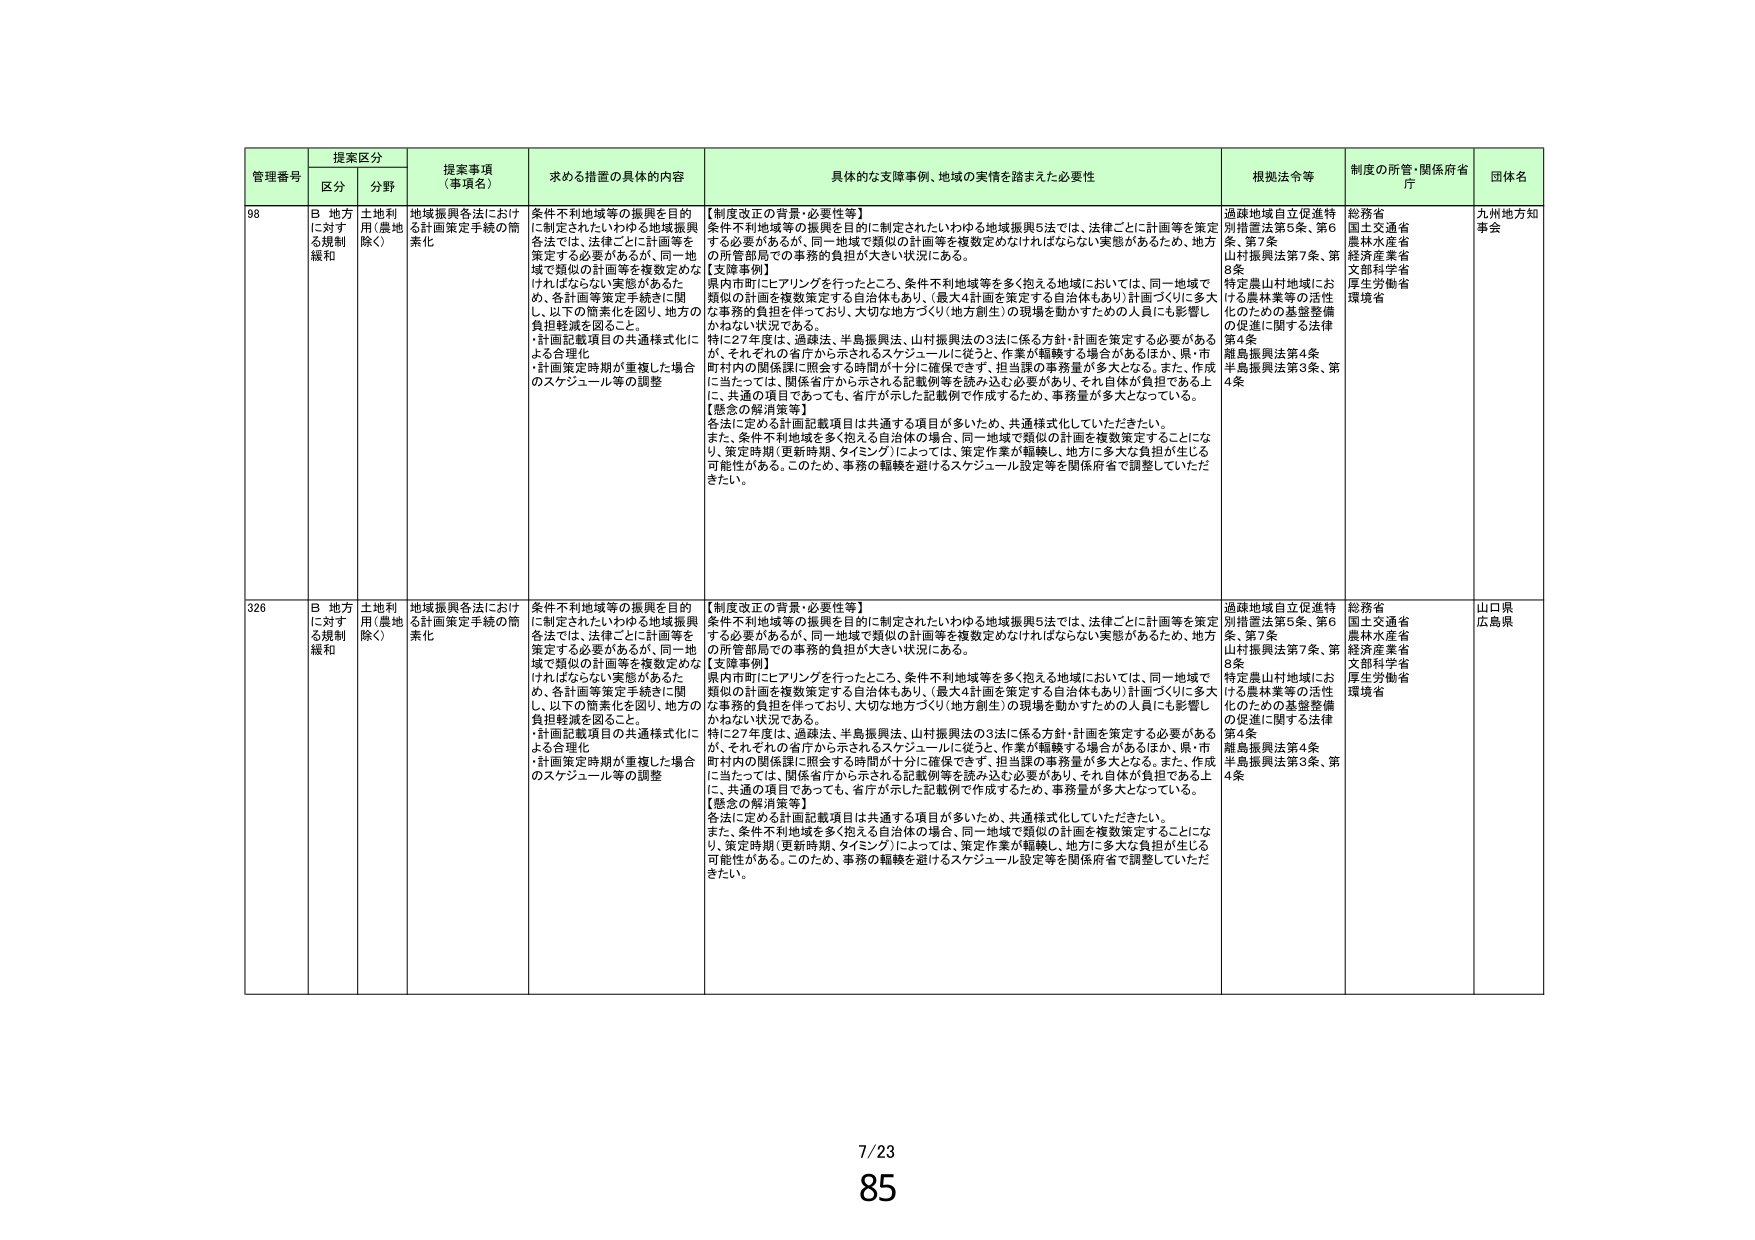
管理番号 提案区分 提案事項（事項名） 求める措置の具体的内容 具体的な支障事例、地域の実情を踏まえた必要性 根拠法令等 制度の所管・関係府省庁 団体名
区分 分野
98 B 地方に対する規制緩和 土地利用（農地除く） 地域振興各法における計画策定手続の簡素化 条件不利地域等の振興を目的に制定されたいわゆる地域振興各法では、法律ごとに計画等を策定する必要があるが、同一地域で類似の計画等を複数定めなければならない実態があるため、各計画等策定手続きに関し、以下の簡素化を図り、地方の負担軽減を図ること。
・計画記載項目の共通様式化による合理化
・計画策定時期が重複した場合のスケジュール等の調整
【制度改正の背景・必要性等】
条件不利地域等の振興を目的に制定されたいわゆる地域振興5法では、法律ごとに計画等を策定する必要があるが、同一地域で類似の計画等を複数定めなければならない実態があるため、地方の所管部局での事務的負担が大きい状況にある。
【支障事例】
県内市町にヒアリングを行ったところ、条件不利地域等を多く抱える地域においては、同一地域で類似の計画を複数策定する自治体もあり、（最大4計画を策定する自治体もあり）計画づくりに多大な事務的負担を伴っており、大切な地方づくり（地方創生）の現場を動かすための人員にも影響しかねない状況である。
特に27年度は、過疎法、半島振興法、山村振興法の3法に係る方針・計画を策定する必要があるが、それぞれの省庁から示されるスケジュールに従うと、作業が齟齬する場合があるほか、県・市町村内の関係課に照会する時間が十分に確保できず、担当課の事務量が多大となる。また、作成に当たっては、関係省庁から示される記載例等を読み込む必要があり、それ自体が負担である上に、共通の項目であっても、省庁が示した記載例で作成するため、事務量が多大となっている。
【懸念の解消策等】
各法に定める計画記載項目は共通する項目が多いため、共通様式化していただきたい。
また、条件不利地域を多く抱える自治体の場合、同一地域で類似の計画を複数策定することになり、策定時期（更新時期、タイミング）によっては、策定作業が齟齬し、地方に多大な負担が生じる可能性がある。このため、事務の齟齬を避けるスケジュール設定等を関係府省で調整していただきたい。
過疎地域自立促進特別措置法第5条、第6条、第7条
山村振興法第7条、第8条
特定農山村地域における農林業等の活性化のための基盤整備の促進に関する法律第4条
離島振興法第4条
半島振興法第3条、第4条
総務省
国土交通省
農林水産省
経済産業省
文部科学省
厚生労働省
環境省
九州地方知事会
326 B 地方に対する規制緩和 土地利用（農地除く） 地域振興各法における計画策定手続の簡素化 条件不利地域等の振興を目的に制定されたいわゆる地域振興各法では、法律ごとに計画等を策定する必要があるが、同一地域で類似の計画等を複数定めなければならない実態があるため、各計画等策定手続きに関し、以下の簡素化を図り、地方の負担軽減を図ること。
・計画記載項目の共通様式化による合理化
・計画策定時期が重複した場合のスケジュール等の調整
【制度改正の背景・必要性等】
条件不利地域等の振興を目的に制定されたいわゆる地域振興5法では、法律ごとに計画等を策定する必要があるが、同一地域で類似の計画等を複数定めなければならない実態があるため、地方の所管部局での事務的負担が大きい状況にある。
【支障事例】
県内市町にヒアリングを行ったところ、条件不利地域等を多く抱える地域においては、同一地域で類似の計画を複数策定する自治体もあり、（最大4計画を策定する自治体もあり）計画づくりに多大な事務的負担を伴っており、大切な地方づくり（地方創生）の現場を動かすための人員にも影響しかねない状況である。
特に27年度は、過疎法、半島振興法、山村振興法の3法に係る方針・計画を策定する必要があるが、それぞれの省庁から示されるスケジュールに従うと、作業が齟齬する場合があるほか、県・市町村内の関係課に照会する時間が十分に確保できず、担当課の事務量が多大となる。また、作成に当たっては、関係省庁から示される記載例等を読み込む必要があり、それ自体が負担である上に、共通の項目であっても、省庁が示した記載例で作成するため、事務量が多大となっている。
【懸念の解消策等】
各法に定める計画記載項目は共通する項目が多いため、共通様式化していただきたい。
また、条件不利地域を多く抱える自治体の場合、同一地域で類似の計画を複数策定することになり、策定時期（更新時期、タイミング）によっては、策定作業が齟齬し、地方に多大な負担が生じる可能性がある。このため、事務の齟齬を避けるスケジュール設定等を関係府省で調整していただきたい。
過疎地域自立促進特別措置法第5条、第6条、第7条
山村振興法第7条、第8条
特定農山村地域における農林業等の活性化のための基盤整備の促進に関する法律第4条
離島振興法第4条
半島振興法第3条、第4条
総務省
国土交通省
農林水産省
経済産業省
文部科学省
厚生労働省
環境省
山口県
広島県
7/23
85